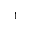
1